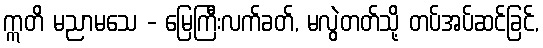
ဣတိ မညာမသေ - မြေကြီးလက်ခတ်, မလွဲတတ်သို့ တပ်အပ်ဆင်ခြင်,